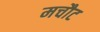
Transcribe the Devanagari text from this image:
मचौट